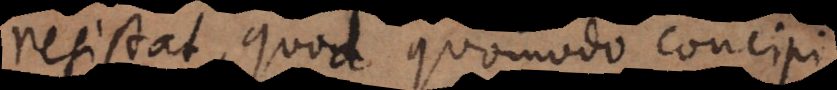
resistat, quod quomodo concipi